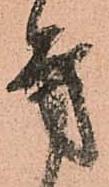
方